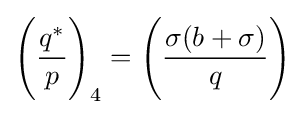
{\Bigg (}{\frac {q^{*}}{p}}{\Bigg )}_{4}={\Bigg (}{\frac {\sigma (b+\sigma )}{q}}{\Bigg )}